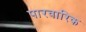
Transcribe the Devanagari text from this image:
पारवारिक